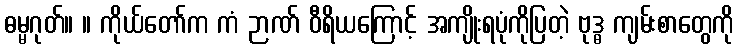
ဓမ္မဂုတ်။ ။ ကိုယ်တော်က ကံ ဉာဏ် ဝီရိယကြောင့် အကျိုးရပုံကိုပြတဲ့ ဗုဒ္ဓ ကျမ်းစာတွေကို